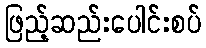
ဖြည့်ဆည်းပေါင်းစပ်